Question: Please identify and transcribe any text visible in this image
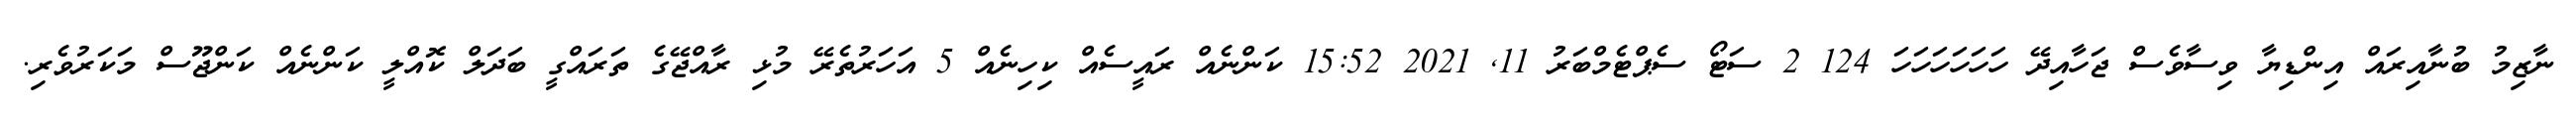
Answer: ނާޒިމު ބުނާއިރައް އިންޑިޔާ ވިސާވެސް ޖަހާއިދޭ ހަހަހަހަހަހަ 124 2 ސަޓޯ ސެޕްޓެމްބަރު 11, 2021 15:52 ކަންނެއް ރައީސެއް ކިހިނެއް 5 އަހަރުތެރޭ މުޅި ރާއްޖޭގެ ތަރައްގީ ބަދަލް ކޮއްލީ ކަންނެއް ކަންޖޫސް މަކަރުވެރި.